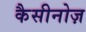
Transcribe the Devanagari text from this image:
कैसीनोज़